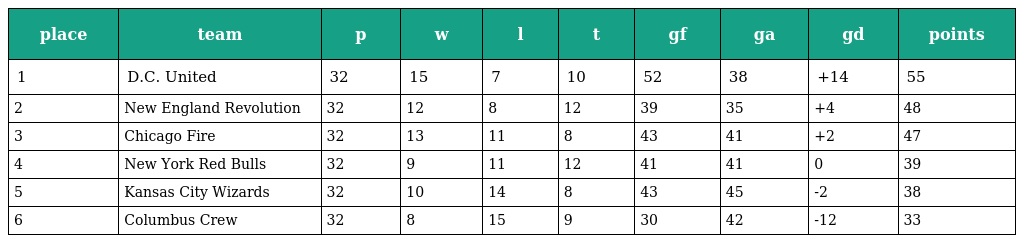
| place | team | p | w | l | t | gf | ga | gd | points |
 | --- | --- | --- | --- | --- | --- | --- | --- | --- | --- |
 | 1 | D.C. United | 32 | 15 | 7 | 10 | 52 | 38 | +14 | 55 |
 | 2 | New England Revolution | 32 | 12 | 8 | 12 | 39 | 35 | +4 | 48 |
 | 3 | Chicago Fire | 32 | 13 | 11 | 8 | 43 | 41 | +2 | 47 |
 | 4 | New York Red Bulls | 32 | 9 | 11 | 12 | 41 | 41 | 0 | 39 |
 | 5 | Kansas City Wizards | 32 | 10 | 14 | 8 | 43 | 45 | -2 | 38 |
 | 6 | Columbus Crew | 32 | 8 | 15 | 9 | 30 | 42 | -12 | 33 |